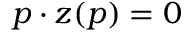
p \cdot z ( p ) = 0